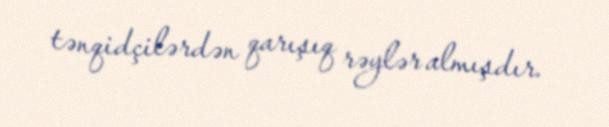
tənqidçilərdən qarışıq rəylər almışdır.